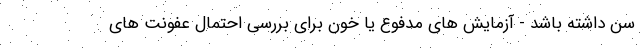
سن داشته باشد - آزمایش های مدفوع یا خون برای بررسی احتمال عفونت های